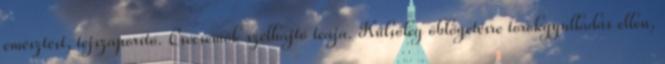
emésztést, tejszaporító. Csecsemők szélhajtó teája. Külsőleg öblögetésre torokgyulladás ellen,